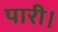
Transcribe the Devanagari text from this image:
पारी।